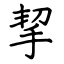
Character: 挈